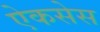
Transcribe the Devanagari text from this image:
ऐकसेस